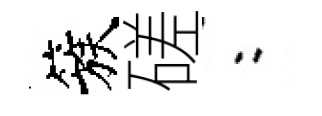
簇磋欸